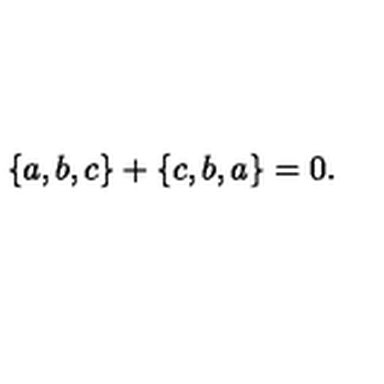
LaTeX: \{ a , b , c \} + \{ c , b , a \} = 0 .